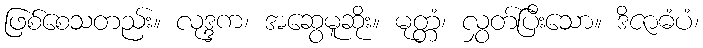
ဖြစ်စေသတည်း။ လုဒ္ဒက၊ အဆွေမူဆိုး။ မုတ္တံ၊ လွှတ်ပြီးသော။ ဒိဇာဓံပံ၊